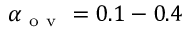
\alpha _ { \mathrm { ~ o ~ v ~ } } = 0 . 1 - 0 . 4